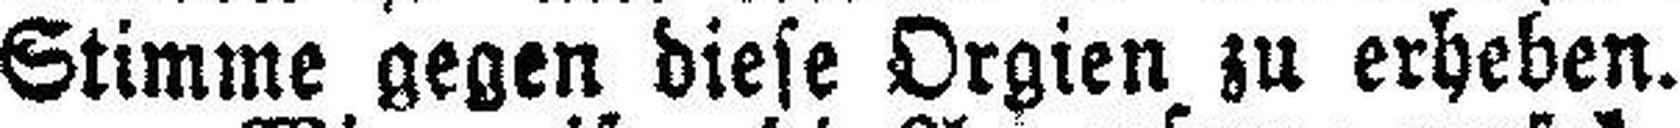
Stimme gegen diese Orgien zu erheben.